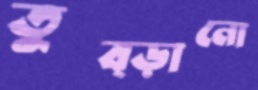
তুব্‌ড়ানো